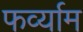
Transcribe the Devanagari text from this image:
फर्व्याम